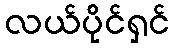
လယ်ပိုင်ရှင်